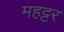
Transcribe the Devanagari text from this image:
महट्टर